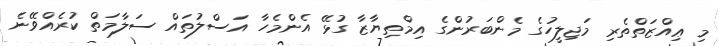
މި ޢިއްޒަތްތެރި މަޖިލީހުގެ މެންބަރުންގެ އިމްތިޔާޒާ ގުޅޭ އެންމެހާ އަސްލުތައް ސަލާމަތް ކުރެއްވޭނެ